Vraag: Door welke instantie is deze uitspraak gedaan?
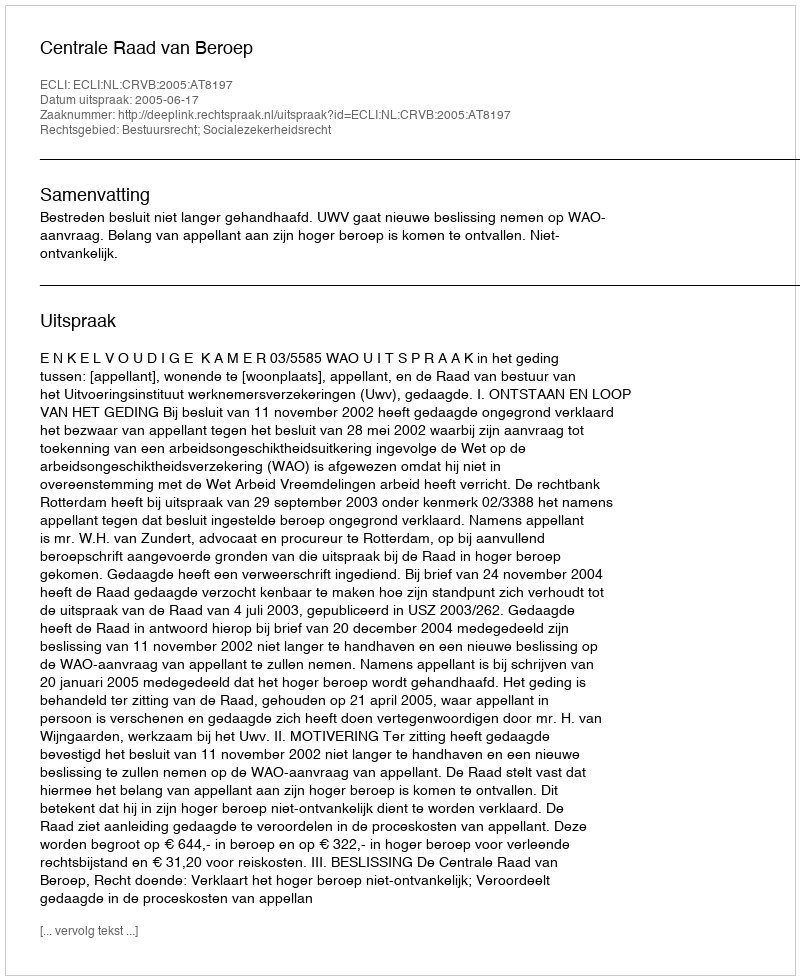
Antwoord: Centrale Raad van Beroep